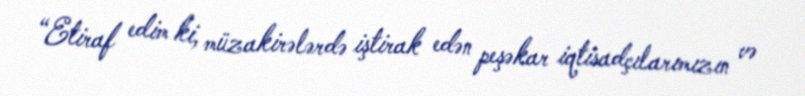
“Etiraf edim ki, müzakirələrdə iştirak edən peşəkar iqtisadçılarımızın və